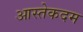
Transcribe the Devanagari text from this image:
आस्तेकदम